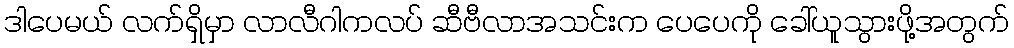
ဒါပေမယ် လက်ရှိမှာ လာလီဂါကလပ် ဆီဗီလာအသင်းက ပေပေကို ခေါ်ယူသွားဖို့အတွက်